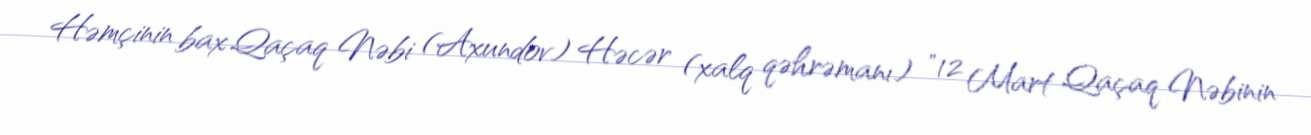
Həmçinin bax Qaçaq Nəbi (Axundov) Həcər (xalq qəhrəmanı) "12 Mart Qaçaq Nəbinin